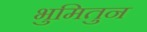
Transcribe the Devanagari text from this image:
भुमितुन